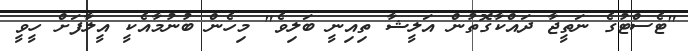
"ޓެސްޓުގެ ނަތީޖާ ދައްކާގޮތުން އަލީޝާ ތިއިނީ ބަލިވެ" މިހެން ބުނުމާއެކީ އީލާފަށް ހީވީ